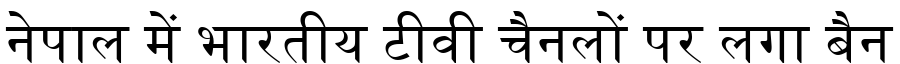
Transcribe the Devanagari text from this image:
नेपाल में भारतीय टीवी चैनलों पर लगा बैन